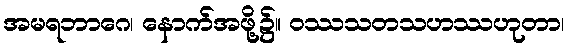
အမရဘာဂေ၊ နောက်အဖို့၌။ ဝဿသတသဟဿဟုတာ၊